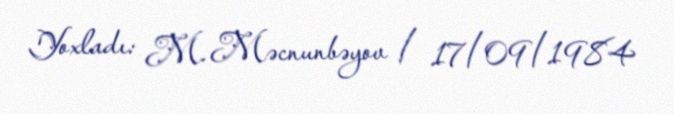
Yoxladı: M. Məcnunbəyov / 17/09/1984